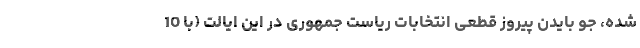
شده، جو بایدن پیروز قطعی انتخابات ریاست جمهوری در این ایالت (با 10